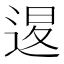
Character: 𨓤